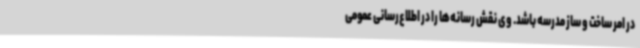
در امر ساخت و ساز مدرسه باشد. وی نقش رسانه‌ها را در اطلاع‌رسانی عمومی